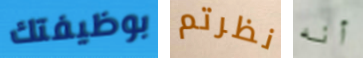
بوظيفتك نظرتم أنه